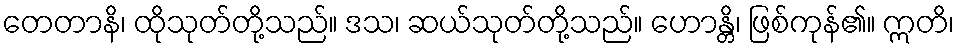
တေတာနိ၊ ထိုသုတ်တို့သည်။ ဒသ၊ ဆယ်သုတ်တို့သည်။ ဟောန္တိ၊ ဖြစ်ကုန်၏။ ဣတိ၊